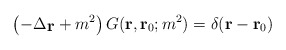
\begin{align*}\left(-\Delta_{\mbox{\bf r}} + m^2 \right)G(\mbox{\bf r},\mbox{\bf r}_0;m^2)=\delta(\mbox{\bf r}-\mbox{\bf r}_0)\end{align*}